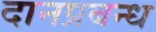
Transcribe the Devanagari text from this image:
दानप्रबन्ध